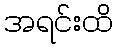
အရင်းထိ